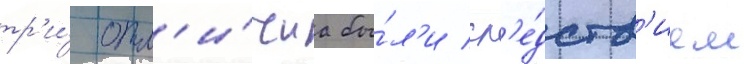
тр'и́ отл'и́чиа бы́л'и сл'е́дств'ием